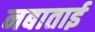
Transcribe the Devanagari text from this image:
नबाताई